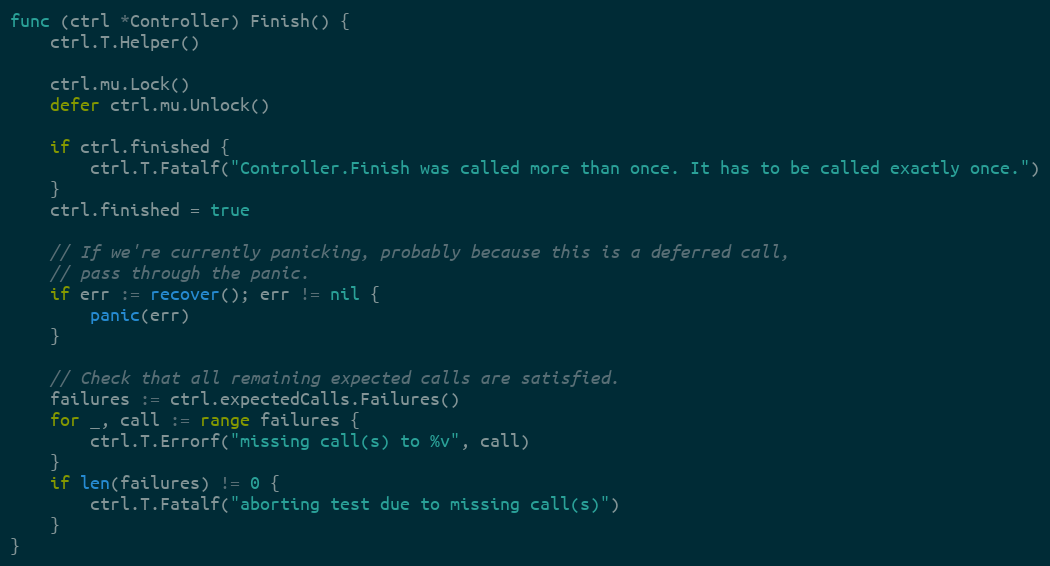
Language: Go
func (ctrl *Controller) Finish() {
	ctrl.T.Helper()

	ctrl.mu.Lock()
	defer ctrl.mu.Unlock()

	if ctrl.finished {
		ctrl.T.Fatalf("Controller.Finish was called more than once. It has to be called exactly once.")
	}
	ctrl.finished = true

	// If we're currently panicking, probably because this is a deferred call,
	// pass through the panic.
	if err := recover(); err != nil {
		panic(err)
	}

	// Check that all remaining expected calls are satisfied.
	failures := ctrl.expectedCalls.Failures()
	for _, call := range failures {
		ctrl.T.Errorf("missing call(s) to %v", call)
	}
	if len(failures) != 0 {
		ctrl.T.Fatalf("aborting test due to missing call(s)")
	}
}